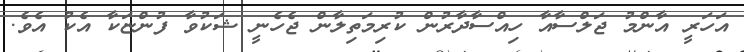
އަހަރީ އާންމު ޖަލްސާއާ ހިއްސާދާރުން ކުރިމަތިލާން ޖެހެނީ ޝަކުވާ ފުންޏަކާ އެކު އެވެ.